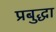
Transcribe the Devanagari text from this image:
प्रबुद्धा